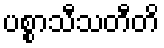
ပစ္စာသီသတီတိ